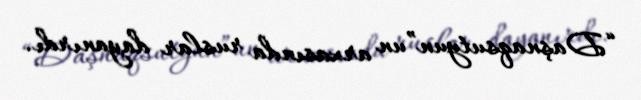
“Daşnaqsutyun”un arxasında ruslar dayanırdı.